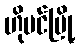
ဟိုပင်မြို့